Indian journal of veterinary science and animal husbandry - Volume 7,
Year: 1937
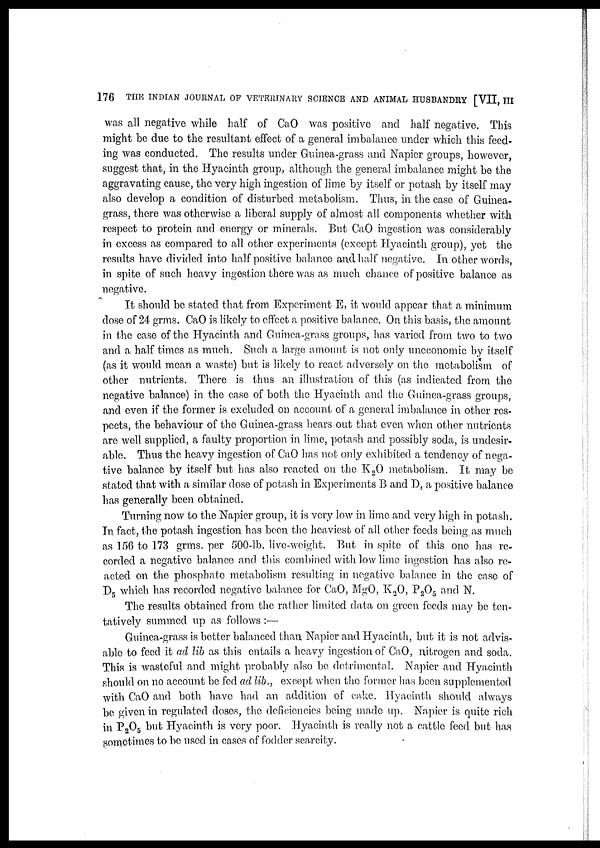
176 THE INDIAN JOURNAL OF VETERINARY SCIENCE AND ANIMAL HUSBANDRY [VII, III
was all negative while half of CaO was positive and half negative. This
might be due to the resultant effect of a general imbalance under which this feed-
ing was conducted. The results under Guinea-grass and Napier groups, however,
suggest that, in the Hyacinth group, although the general imbalance might be the
aggravating cause, the very high ingestion of lime by itself or potash by itself may
also develop a condition of disturbed metabolism. Thus, in the case of Guinea-
grass, there was otherwise a liberal supply of almost all components whether with
respect to protein and energy or minerals. But CaO ingestion was considerably
in excess as compared to all other experiments (except Hyacinth group), yet the
results have divided into half positive balance and half negative. In other words,
in spite of such heavy ingestion there was as much chance of positive balance as
negative.
It should be stated that from Experiment E, it would appear that a minimum
dose of 24 grms. CaO is likely to effect a positive balance. On this basis, the amount
in the case of the Hyacinth and Guinea-grass groups, has varied from two to two
and a half times as much. Such a large amount is not only uneconomic by itself
(as it would mean a waste) but is likely to react adversely on the metabolism of
other nutrients. There is thus an illustration of this (as indicated from the
negative balance) in the case of both the Hyacinth and the Guinea-grass groups,
and even if the former is excluded on account of a general imbalance in other res-
pects, the behaviour of the Guinea-grass bears out that even when other nutrients
are well supplied, a faulty proportion in lime, potash and possibly soda, is undesir-
able. Thus the heavy ingestion of CaO has not only exhibited a tendency of nega-
tive balance by itself but has also reacted on the K 2 O metabolism. It may be
stated that with a similar dose of potash in Experiments B and D, a positive balance
has generally been obtained.
Turning now to the Napier group, it is very low in lime and very high in potash.
In. fact, the potash ingestion has been the heaviest of all other feeds being as much
as 156 to 173 grms. per 500-lb. live-weight. But in spite of this one has re-
corded a negative balance and this combined with low lime ingestion has also re-
acted on the phosphate metabolism resulting in negative balance in the case of
D 5 which has recorded negative balance for CaO, MgO, K 2 O, P2O5 and N.
The results obtained from the rather limited data on green feeds may be ten-
tatively summed up as follows :—
Guinea-grass is better balanced than Napier and Hyacinth, but it is not advis-
able to feed it ad lib as this entails a heavy ingestion of CaO, nitrogen and soda.
This is wasteful and might probably also be detrimental. Napier and Hyacinth
should on no account be fed ad lib., except when the former has been supplemented
with CaO and both have had an addition of cake. Hyacinth should always
be given in regulated doses, the deficiencies being made up. Napier is quite rich
in P 2 O 5 but Hyacinth is very poor. Hyacinth is really not a, cattle feed but has
sometimes to be used in cases of fodder scarcity.